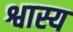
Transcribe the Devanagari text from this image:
श्वास्य